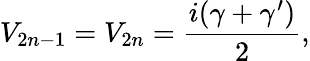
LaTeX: V_{2n-1}=V_{2n}=\frac{i(\gamma+\gamma^{\prime})}{2},